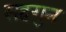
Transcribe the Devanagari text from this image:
सहगुन